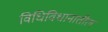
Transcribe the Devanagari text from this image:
विधिविधानातील